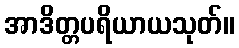
အာဒိတ္တပရိယာယသုတ်။